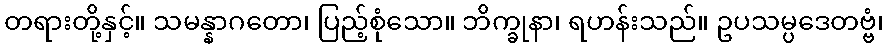
တရားတို့နှင့်။ သမန္နာဂတော၊ ပြည့်စုံသော။ ဘိက္ခုနာ၊ ရဟန်းသည်။ ဥပသမ္ပဒေတဗ္ဗံ၊